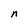
Character: n